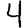
Digit: 4